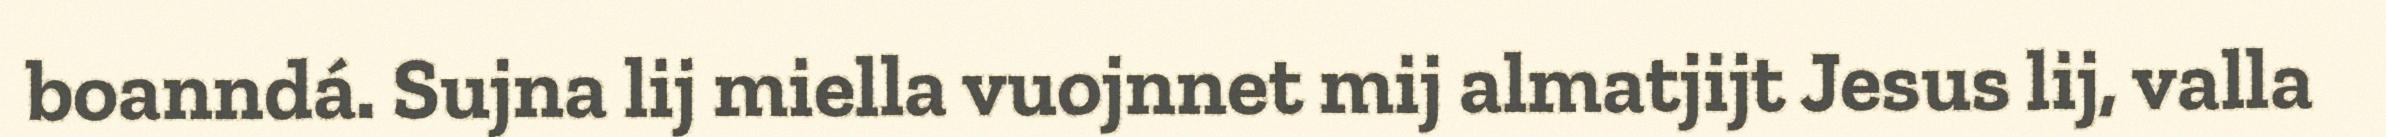
boanndá. Sujna lij miella vuojnnet mij almatjijt Jesus lij, valla